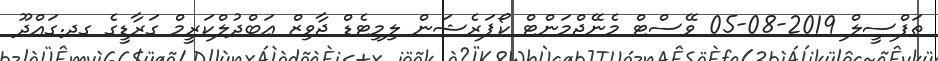
ތަފްސީލް 2019-08-05 ވޭސްޓް މެނޭޖްމަންޓް ކޯޕަރެޝަން ލިމިޓެޑް ޖާވިޒް ޢަބްދުލްކަރީމް ގަރާޑީގެ ގދ.ގައްދޫ